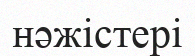
нәжістері